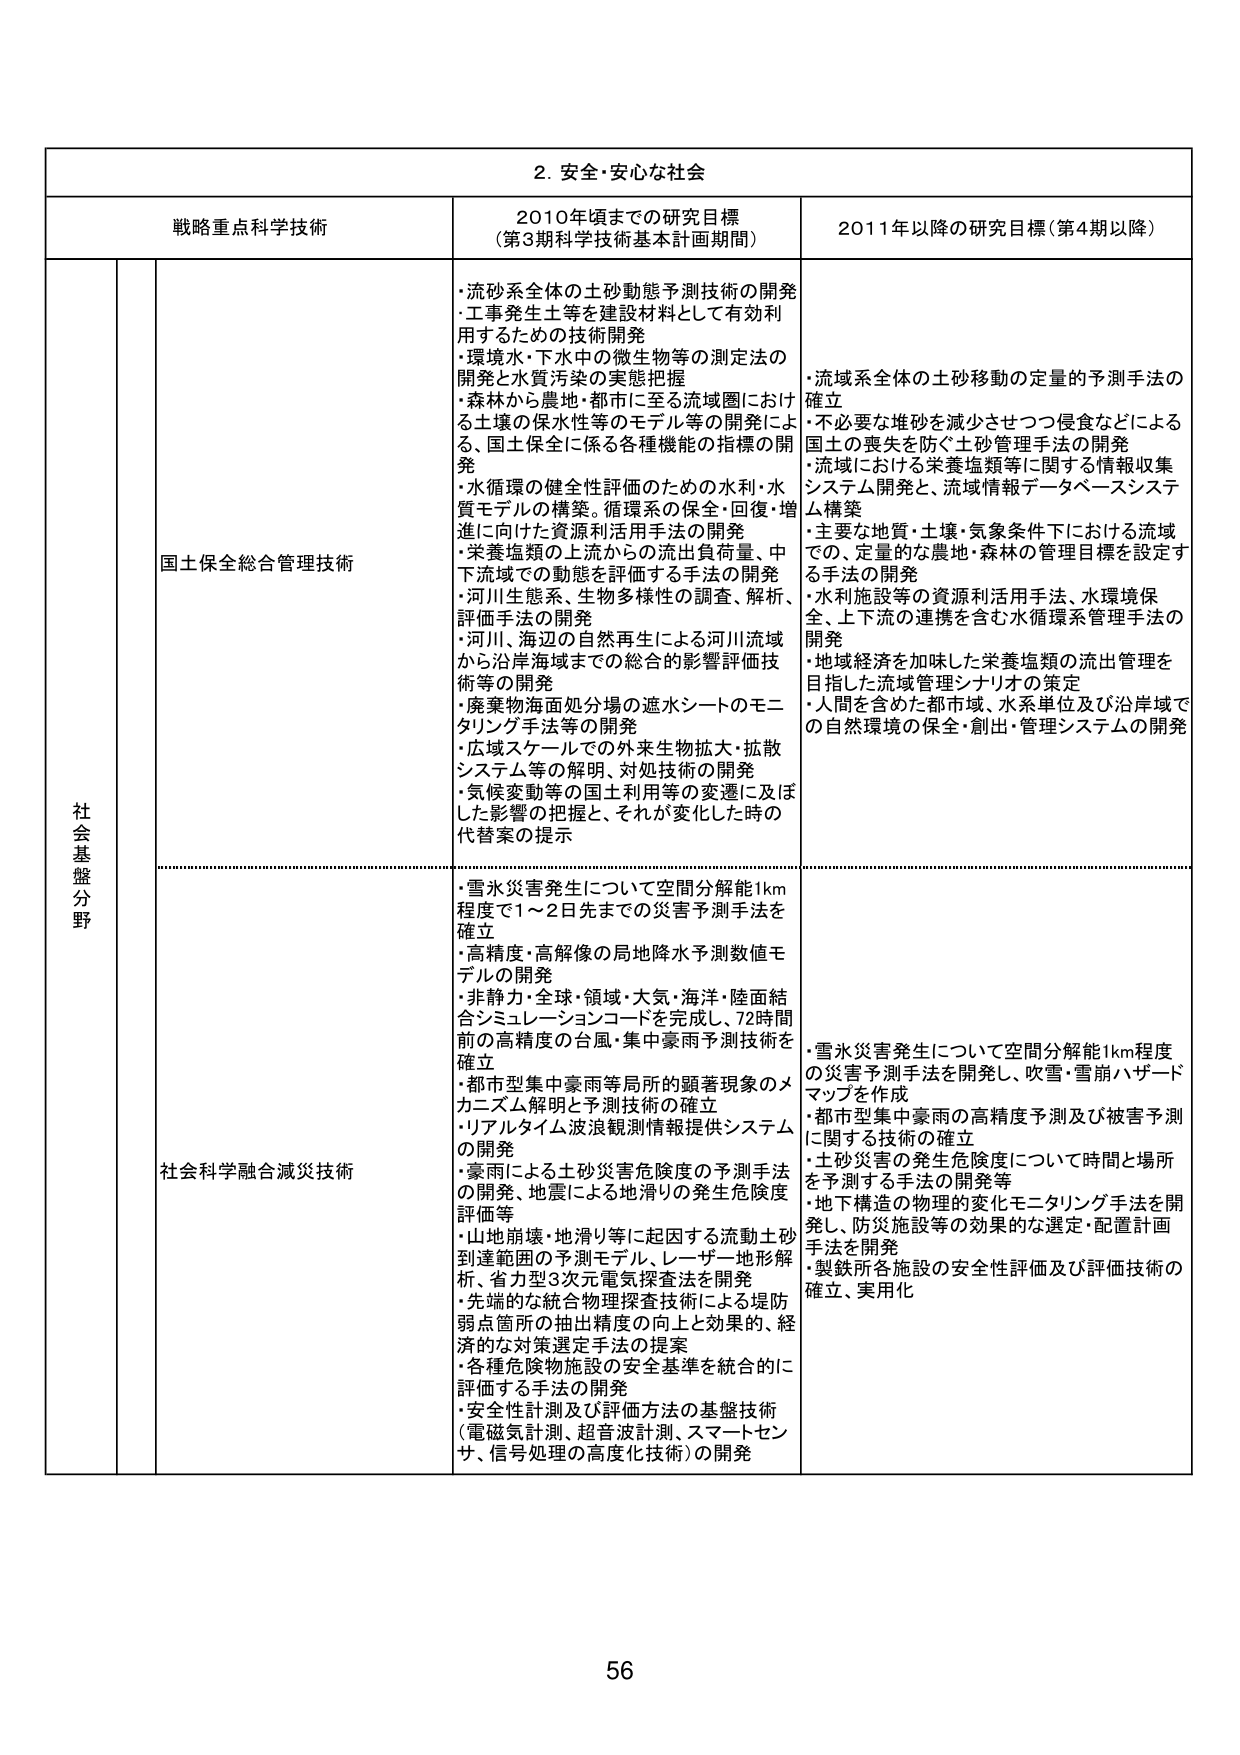
2. 安全・安心な社会

戦略重点科学技術
2010年頃までの研究目標
（第3期科学技術基本計画期間）
2011年以降の研究目標（第4期以降）

社会基盤分野

国土保全総合管理技術
・流砂系全体の土砂動態予測技術の開発
・工事発生土等を建設材料として有効利用するための技術開発
・環境水・下水中の微生物等の測定法の開発と水質汚染の実態把握
・森林から農地・都市に至る流域圏における土壌の保水性等のモデル等の開発による、国土保全に係る各種機能の指標の開発
・水循環の健全性評価のための水利・水質モデルの構築。循環系の保全・回復・増進に向けた資源利活用手法の開発
・栄養塩類の上流からの流出負荷量、中下流域での動態を評価する手法の開発
・河川生態系、生物多様性の調査、解析、評価手法の開発
・河川、海辺の自然再生による河川流域から沿岸海域までの総合的影響評価技術等の開発
・廃棄物海面処分場の遮水シートのモニタリング手法等の開発
・広域スケールでの外来生物拡大・拡散システム等の解明、対処技術の開発
・気候変動等の国土利用等の変遷に及ぼした影響の把握と、それが変化した時の代替案の提示

・流域系全体の土砂移動の定量的予測手法の確立
・不必要な堆砂を減少させつつ侵食などによる国土の喪失を防ぐ土砂管理手法の開発
・流域における栄養塩類等に関する情報収集システム開発と、流域情報データベースシステム構築
・主要な地質・土壌・気象条件下における流域での、定量的な農地・森林の管理目標を設定する手法の開発
・水利施設等の資源利活用手法、水環境保全、上下流の連携を含む水循環系管理手法の開発
・地域経済を加味した栄養塩類の流出管理を目指した流域管理シナリオの策定
・人間を含めた都市域、水系単位及び沿岸域での自然環境の保全・創出・管理システムの開発

社会科学融合減災技術
・雪水災害発生について空間分解能1km程度で1～2日先までの災害予測手法を確立
・高精度・高解像の局地降水予測数値モデルの開発
・非静か・全球・領域・大気・海洋・陸面結合シミュレーションコードを完成し、72時間前の高精度の台風・集中豪雨予測技術を確立
・都市型集中豪雨等局所的顕著現象のメカニズム解明と予測技術の確立
・リアルタイム波浪観測情報提供システムの開発
・豪雨による土砂災害危険度の予測手法の開発、地震による地滑りの発生危険度評価等
・山地崩壊・地滑り等に起因する流動土砂到達範囲の予測モデル、レーザー地形解析、省力型3次元電気探査法を開発
・先端的な統合物理探査技術による堤防弱点箇所の抽出精度の向上と効果的、経済的な対策選定手法の提案
・各種危険物施設の安全基準を統合的に評価する手法の開発
・安全性計測及び評価方法の基盤技術（電磁気計測、超音波計測、スマートセンサ、信号処理の高度化技術）の開発

・雪水災害発生について空間分解能1km程度の災害予測手法を開発し、吹雪・雪崩ハザードマップを作成
・都市型集中豪雨の高精度予測及び被害予測に関する技術の確立
・土砂災害の発生危険度について時間と場所を予測する手法の開発等
・地下構造の物理的変化モニタリング手法を開発し、防災施設等の効果的な選定・配置計画手法を開発
・製鉄所各施設の安全性評価及び評価技術の確立、実用化

56